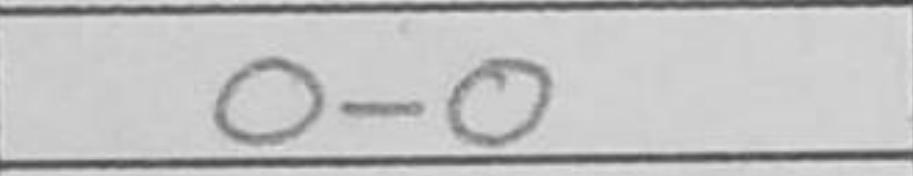
Transcription: O-O